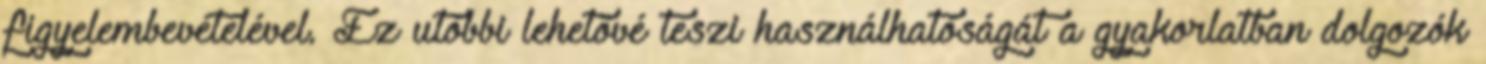
figyelembevételével. Ez utóbbi lehetővé teszi használhatóságát a gyakorlatban dolgozók